Triennial report on the lunatic asylums in the province of Eastern Bengal and Assam - 1903-1911
Year: 1903
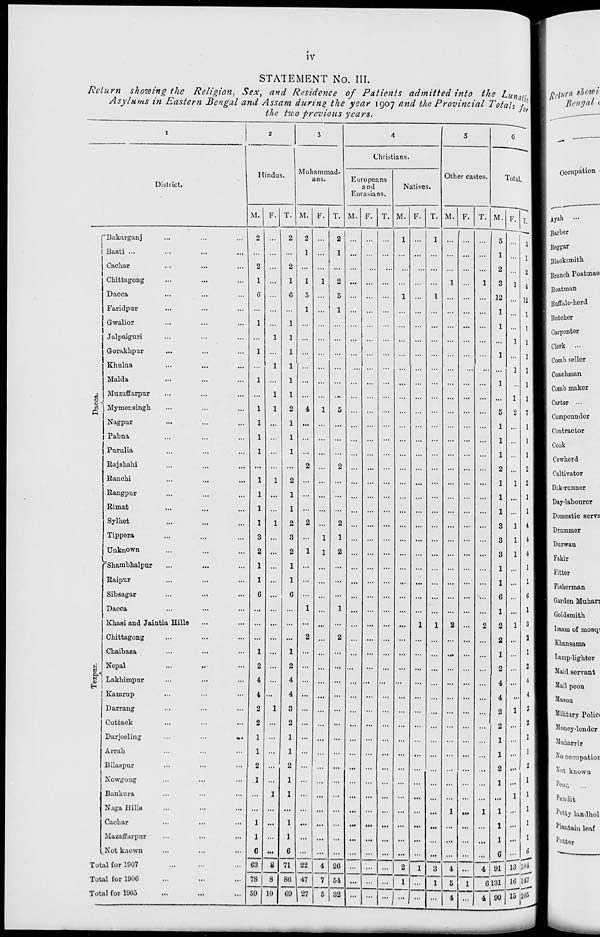
iv
STATEMENT No. III.
Return showing the Religion, Sex, and Residence of Patients admitted into the Lunatic
Asylums in Eastern Bengal and Assam during the year 1907 and the Provincial Totals for
the two previous years.
1
District.
Dacca.
Tezpur.
Bakarganj ... ... ...
Basti ... ... ... ...
Cachar ... ... ...
Chittagong ... ... ...
Dacca ... ... ...
Faridpur ... ... ...
Gwalior ... ... ...
Jalpaiguri ... ... ...
Gorakhpur ... ... ...
Khulna ... ... ...
Malda ... ... ...
Muzaffarpur ... ... ...
Mymensingh ... ... ...
Nagpur ... ... ...
Pabna ... ... ...
Purulia ... ... ...
Rajshahi ... ... ...
Ranchi ... ... ...
Rangpur ... ... ...
Rimat ... ... ...
Sylhet ... ... ...
Tippera ... ... ...
Unknown ... ... ...
Shambhalpur ... ... ...
Raipur ... ... ...
Sibsagar ... ... ...
Dacca ... ... ...
Khasi and Jaintia Hills ... ...
Chittagong ... ... ...
Chaibasa ... ... ...
Nepal ... ... ...
Lakhimpur ... ... ...
Kamrup ... ... ...
Darrang ... ... ...
Cuttack ... ... ...
Darjeeling
...
...
...
Arrah ... ... ...
Bilaspur ... ... ...
Nowgong ... ... ...
Bankura ... ... ...
Naga Hills ... ... ...
Cachar ... ... ...
Mazaffarpur ... ... ...
Not known ... ... ...
Total for 1907 ... ... ...
Total for 1906 ... ... ...
Total for 1905 ... ... ...
2
Hindus.
M.
2
...
2
1
6
...
1
...
1
...
1
...
1
1
1
1
...
1
1
1
1
3
2
1
1
6
...
...
...
1
2
4
4
2
2
1
1
2
1
...
...
1
1
6
63
78
59
F.
...
...
...
...
...
...
...
1
...
1
...
1
1
...
...
...
...
1
...
...
1
...
...
...
...
...
...
...
...
...
...
...
...
1
...
...
...
...
...
1
...
...
...
...
8
8
10
T.
2
...
2
1
6
...
1
1
1
1
1
1
2
1
1
1
...
2
1
1
2
3
2
1
1
6
...
...
...
1
2
4
4
3
2
1
1
2
1
1
...
1
1
6
71
86
69
3
Muhammad-
ans.
M.
2
1
...
1
5
1
...
...
...
...
...
...
4
...
...
...
2
...
...
...
2
...
1
...
...
...
1
...
2
...
...
...
...
...
...
...
...
...
...
...
...
...
...
...
22
47
27
F.
...
...
...
1
...
...
...
...
...
...
...
...
1
...
...
...
...
...
...
...
...
1
1
...
...
...
...
...
...
...
...
...
...
...
...
...
...
...
...
...
...
...
...
...
4
7
5
T.
2
1
...
2
5
1
...
...
...
...
...
...
5
...
...
...
2
...
...
...
2
1
2
...
...
...
1
...
2
...
...
...
...
...
...
...
...
...
...
...
...
...
...
...
26
54
32
4
Christians.
Europeans
and
Eurasians.
M.
...
...
...
...
...
...
...
...
...
...
...
...
...
...
...
...
...
...
...
...
...
...
...
...
...
...
...
...
...
...
...
...
...
...
...
...
...
...
...
...
...
...
...
...
...
...
...
F.
...
...
...
...
...
...
...
...
...
...
...
...
...
...
...
...
...
...
...
...
...
...
...
...
...
...
...
...
...
...
...
...
...
...
...
...
...
...
...
...
...
...
...
...
...
...
...
T.
...
...
...
...
...
...
...
...
...
...
...
...
...
...
...
...
...
...
...
...
...
...
...
...
...
...
...
...
...
...
...
...
...
...
...
...
...
...
...
...
...
...
...
...
...
...
...
Natives.
M.
1
...
...
...
1
...
...
...
...
...
...
...
...
...
...
...
...
...
...
...
...
...
...
...
...
...
...
...
...
...
...
...
...
...
...
...
...
...
...
...
...
...
...
...
2
1
...
F.
...
...
...
...
...
...
...
...
...
...
...
...
...
...
...
...
...
...
...
...
...
...
...
...
...
...
...
1
...
...
...
...
...
...
...
...
...
...
...
...
...
...
...
...
1
...
...
T.
1
...
...
...
1
...
...
...
...
...
...
...
...
...
...
...
...
...
...
...
...
...
...
...
...
...
...
1
...
...
...
...
...
...
...
...
...
...
...
...
...
...
...
...
3
1
...
5
Other castes.
M.
...
...
...
1
...
...
...
...
...
...
...
...
...
...
...
...
...
...
...
...
...
...
...
...
...
...
...
2
...
...
...
...
...
...
...
...
...
...
...
...
1
...
...
...
4
5
4
F.
...
...
...
...
...
...
...
...
...
...
...
...
...
...
...
...
...
...
...
...
...
...
...
...
...
...
...
...
...
...
...
...
...
...
...
...
...
...
...
...
...
...
...
...
...
1
...
T.
...
...
...
1
...
...
...
...
...
...
...
...
...
...
...
...
...
...
...
...
...
...
...
...
...
...
...
2
...
...
...
...
...
...
...
...
...
...
...
...
1
...
...
...
4
6
4
6
Total.
M.
5
1
2
3
12
1
1
...
1
...
1
...
5
1
1
1
2
1
1
1
3
3
3
1
1
6
1
2
2
1
2
4
4
2
2
1
1
2
1
...
1
1
1
6
91
131
90
F.
...
...
...
1
...
...
...
1
...
1
...
1
2
...
...
...
...
1
...
...
1
1
1
...
...
...
...
1
...
...
...
...
...
1
...
...
...
...
...
1
...
...
...
...
13
16
15
T.
5
1
2
4
12
1
1
1
1
1
1
1
7
1
1
1
2
2
1
1
4
4
4
1
1
6
1
3
2
1
2
4
4
3
2
1
1
2
1
1
1
1
1
6
104
147
105